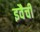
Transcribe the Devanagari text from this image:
इवैची